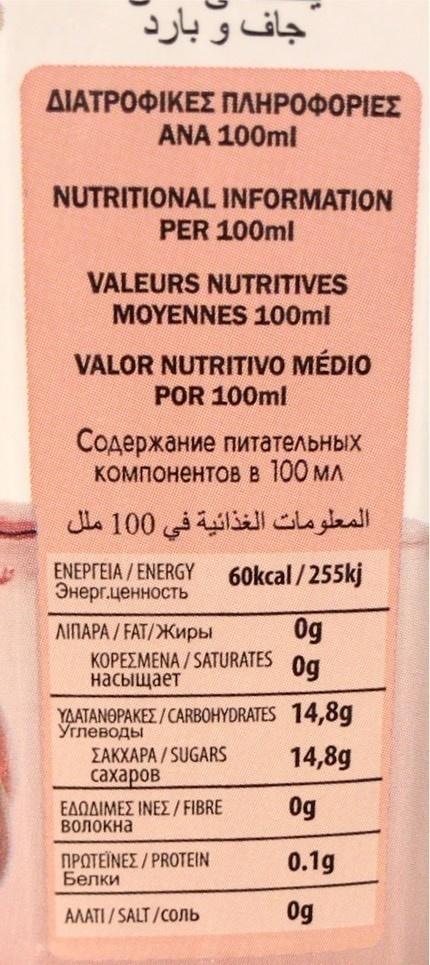
جاف و بارد
ΔΙΑΤΡΟΦΙΚΕΣ ΠΛΗΡΟΦΟΡΙΕΣ ANA 100ml
NUTRITIONAL INFORMATION
PER 100ml
VALEURS NUTRITIVES
MOYENNES 100ml
VALOR NUTRITIVO MÉDIO POR 100ml
Содержание питательных компонентов в 100 мл
المعلومات الغذائية في 0 10 مل ل
ENEPTEIA / ENERGY Энерг.ценность
60kcal / 255kj
Og
ЛІПАРА / FAT/ Жиры KOPEEMENA / SATURATES 0g насыщает
ΜΑTΑΝΘΡΑΚΕΣ / CARBOHYDRATES 14,8g
Углеводы EAKXAPA / SUGARS сахаров
14,8g
ΕΔΩΔΙΜΕΣ IΝΕΣ / FIBRE Волокна
Og
ΠΡΩΤΕΙΝΕΣ / PROTEIN Белки
0.1g
AAATI / SALT /COnb
0g